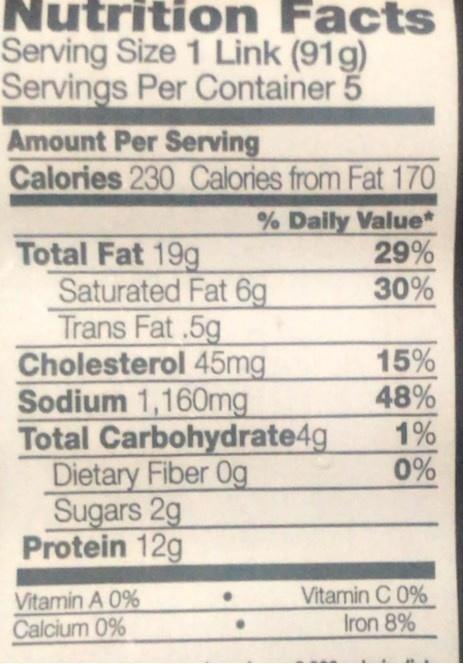
Nutrition Facts
Serving Size 1 Link (91g) Servings Per Container 5
Amount Per Serving Calories 230 Calories from Fat 170
% Daily Value* 29% 30%
Total Fat 19g Saturated Fat 6g Trans Fat .5g Cholesterol 45mg Sodium 1,160mg Total Carbohydrate4g Dietary Fiber Og Sugars 2g Protein 12g
15% 48% 1%
0%
Vitamin A 0% Calcium 0%
Vitamin C 0% Iron 8%